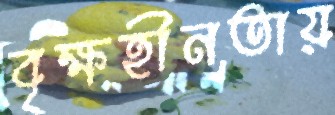
বৃক্ষহীনতায়